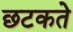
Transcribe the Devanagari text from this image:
छटकते